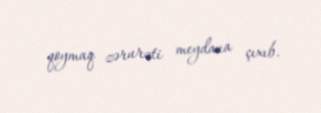
qoymaq zərurəti meydana çıxıb.